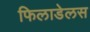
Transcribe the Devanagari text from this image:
फिलाडेलस